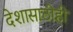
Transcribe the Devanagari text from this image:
देशासाठीही